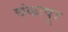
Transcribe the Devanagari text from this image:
चंकापूर